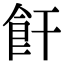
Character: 飦